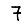
Digit: 7